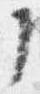
了